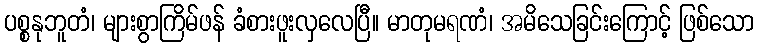
ပစ္စနုဘူတံ၊ များစွာကြိမ်ဖန် ခံစားဖူးလှလေပြီ။ မာတုမရဏံ၊ အမိသေခြင်းကြောင့် ဖြစ်သော